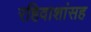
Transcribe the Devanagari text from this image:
रहिवाशांसह